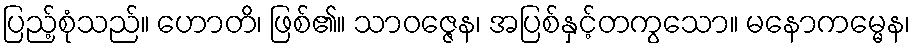
ပြည့်စုံသည်။ ဟောတိ၊ ဖြစ်၏။ သာဝဇ္ဇေန၊ အပြစ်နှင့်တကွသော။ မနောကမ္မေန၊